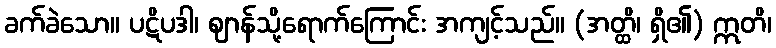
ခက်ခဲသော။ ပဋိပဒါ၊ ဈာန်သို့ရောက်ကြောင်း အကျင့်သည်။ (အတ္ထိ၊ ရှိ၏) ဣတိ၊